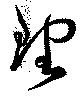
理